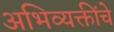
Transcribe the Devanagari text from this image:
अभिव्यक्तींचे